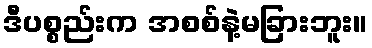
ဒီပစ္စည်းက အစစ်နဲ့မခြားဘူး။